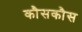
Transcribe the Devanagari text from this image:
कौसकौस